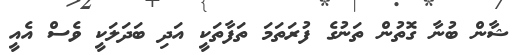
ޝާން ބުނާ ގޮތުން ތަނުގެ ފުރަތަމަ ތަފާތަކީ އަދި ބަދަލަކީ ވެސް އެއީ